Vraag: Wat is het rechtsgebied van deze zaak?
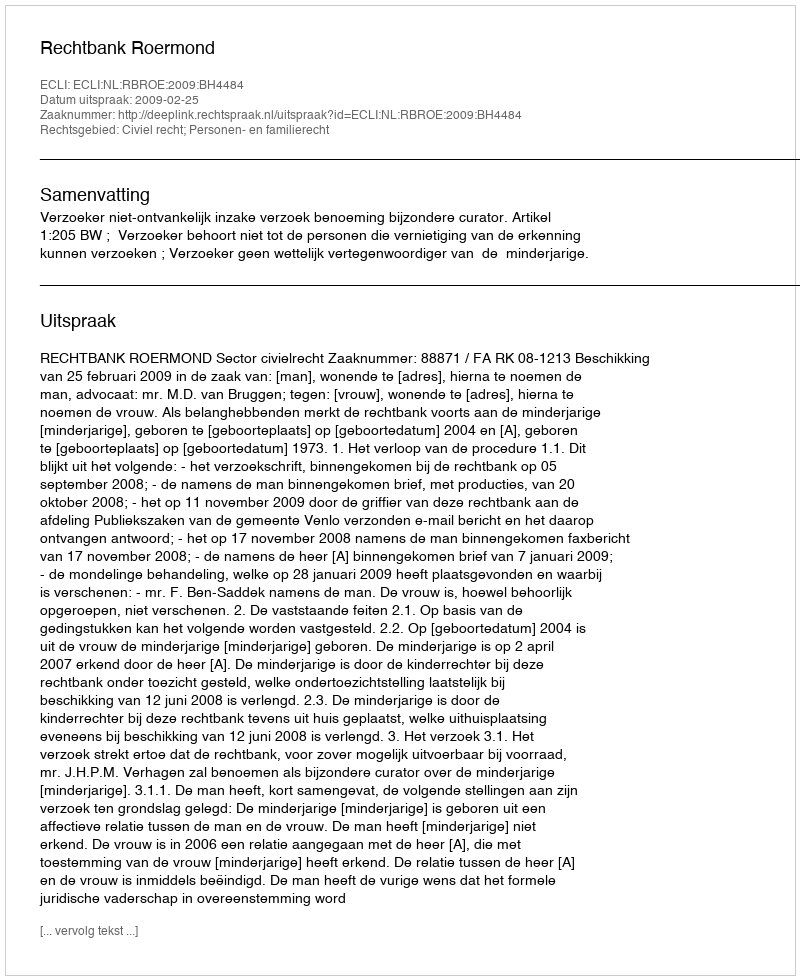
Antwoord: Civiel recht; Personen- en familierecht